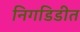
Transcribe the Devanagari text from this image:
निगडिडीत